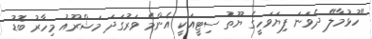
"ހުޅުމާލޭ ދެވަނަ ފިޔަވަހީގެ ޔޫތު ސިޓީއަކީ އެންމެ ވަރުގަަދަ މަޝްރޫއު މިހާރު ބޮޑު